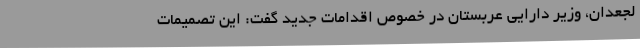
لجعدان، وزیر دارایی عربستان در خصوص اقدامات جدید گفت: این تصمیمات